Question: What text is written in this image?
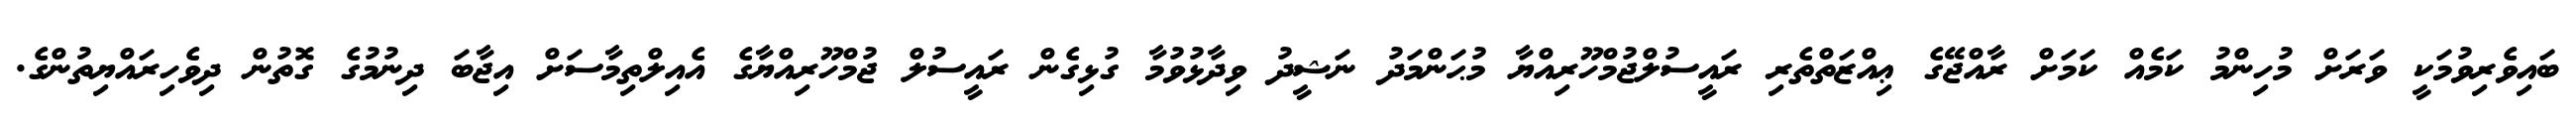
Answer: ބައިވެރިވުމަކީ ވަރަށް މުހިންމު ކަމެއް ކަމަށް ރާއްޖޭގެ ޢިއްޒަތްތެރި ރައީސުލްޖުމްހޫރިއްޔާ މުޙަންމަދު ނަޝީދު ވިދާޅުވުމާ ގުޅިގެން ރައީސުލް ޖުމްހޫރިއްޔާގެ އެއިލްތިމާސަށް އިޖާބަ ދިނުމުގެ ގޮތުން ދިވެހިރައްޔިތުންގެ.